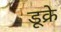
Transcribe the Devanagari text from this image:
डूक्रे